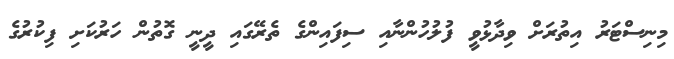
މިނިސްޓަރު އިތުރަށް ވިދާޅުވީ ފުލުހުންނާއި ސިފައިންގެ ތެރޭގައި ދީނީ ގޮތުން ހަރުކަށި ފިކުރުގެ